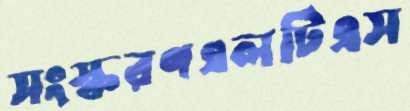
সংস্করণএলটিএস